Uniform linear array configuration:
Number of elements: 4
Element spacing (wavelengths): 0.5
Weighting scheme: kaiser
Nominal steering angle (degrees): -45
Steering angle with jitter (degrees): -43.609
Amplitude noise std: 0.05
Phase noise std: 0.05

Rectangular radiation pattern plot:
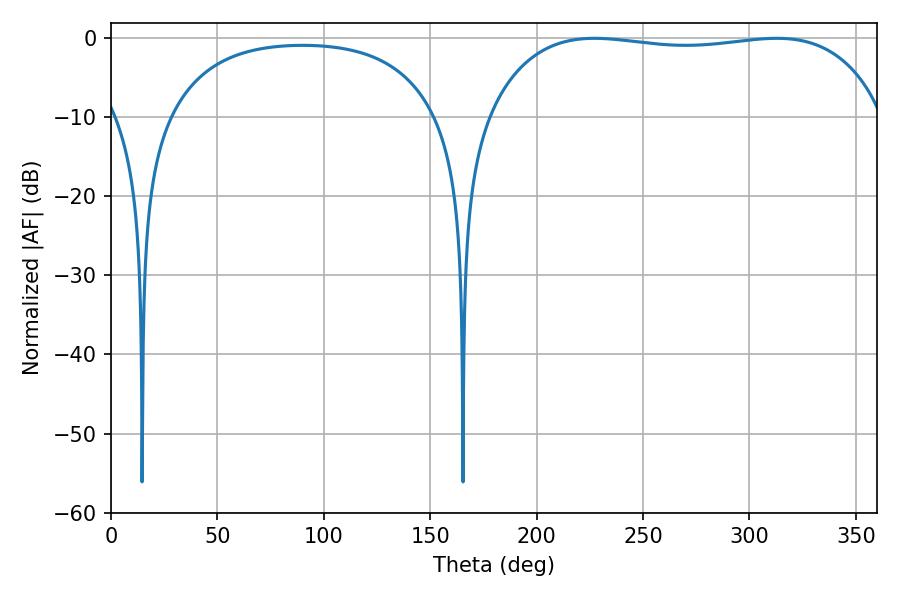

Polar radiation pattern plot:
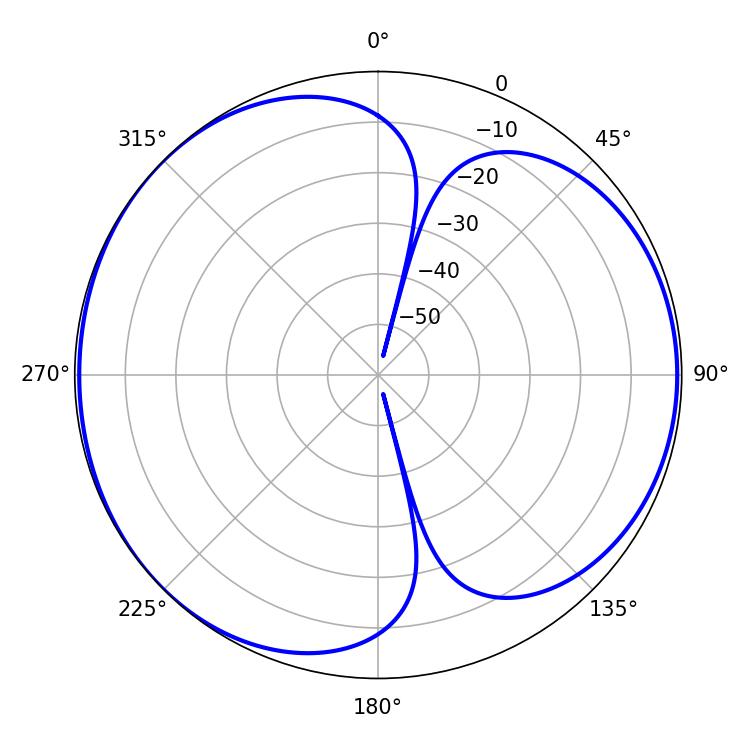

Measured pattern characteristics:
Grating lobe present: FALSE
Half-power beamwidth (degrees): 149.4
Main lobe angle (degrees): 312.84